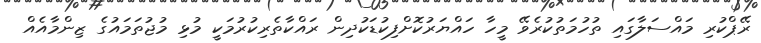
ރޭޕްކުރި މައްސަލާގައި ތުހުމަތުކުރެވޭ މީހާ ހައްޔަރުކޮށްފިކުޑަކުދިން ރައްކާތެރިކުރުމަކީ މުޅި މުޖުތަމައުގެ ޒިންމާއެއް